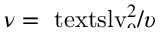
\smash { \nu = \ensuremath { \mathrm { \ t e x t s l { v } } _ { 0 } } ^ { 2 } / \upsilon }